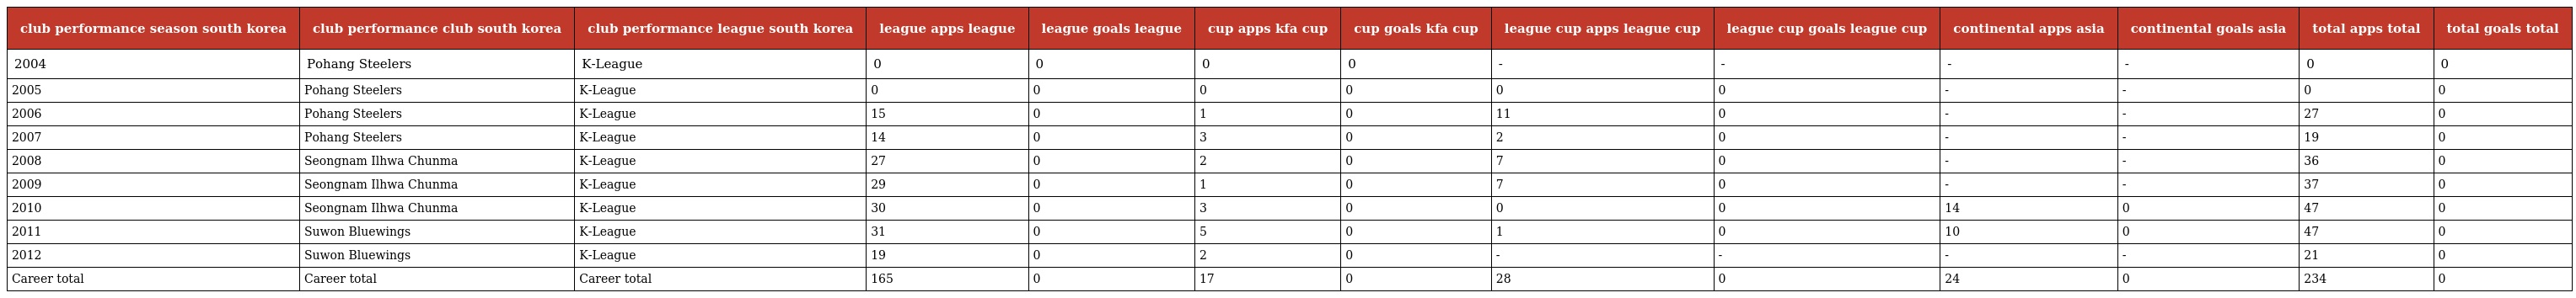
| club performance season south korea | club performance club south korea | club performance league south korea | league apps league | league goals league | cup apps kfa cup | cup goals kfa cup | league cup apps league cup | league cup goals league cup | continental apps asia | continental goals asia | total apps total | total goals total |
 | --- | --- | --- | --- | --- | --- | --- | --- | --- | --- | --- | --- | --- |
 | 2004 | Pohang Steelers | K-League | 0 | 0 | 0 | 0 | - | - | - | - | 0 | 0 |
 | 2005 | Pohang Steelers | K-League | 0 | 0 | 0 | 0 | 0 | 0 | - | - | 0 | 0 |
 | 2006 | Pohang Steelers | K-League | 15 | 0 | 1 | 0 | 11 | 0 | - | - | 27 | 0 |
 | 2007 | Pohang Steelers | K-League | 14 | 0 | 3 | 0 | 2 | 0 | - | - | 19 | 0 |
 | 2008 | Seongnam Ilhwa Chunma | K-League | 27 | 0 | 2 | 0 | 7 | 0 | - | - | 36 | 0 |
 | 2009 | Seongnam Ilhwa Chunma | K-League | 29 | 0 | 1 | 0 | 7 | 0 | - | - | 37 | 0 |
 | 2010 | Seongnam Ilhwa Chunma | K-League | 30 | 0 | 3 | 0 | 0 | 0 | 14 | 0 | 47 | 0 |
 | 2011 | Suwon Bluewings | K-League | 31 | 0 | 5 | 0 | 1 | 0 | 10 | 0 | 47 | 0 |
 | 2012 | Suwon Bluewings | K-League | 19 | 0 | 2 | 0 | - | - | - | - | 21 | 0 |
 | Career total | Career total | Career total | 165 | 0 | 17 | 0 | 28 | 0 | 24 | 0 | 234 | 0 |